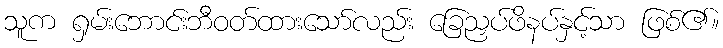
သူက ရှမ်းဘောင်းဘီဝတ်ထားသော်လည်း ခြေညှပ်ဖိနပ်နှင့်သာ ဖြစ်၏။